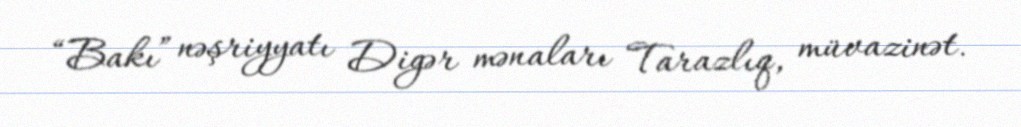
“Bakı” nəşriyyatı Digər mənaları Tarazlıq, müvazinət.